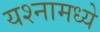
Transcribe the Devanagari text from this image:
यश्नामध्ये